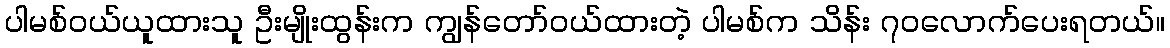
ပါမစ်ဝယ်ယူထားသူ ဦးမျိုးထွန်းက ကျွန်တော်ဝယ်ထားတဲ့ ပါမစ်က သိန်း ၇၀လောက်ပေးရတယ်။